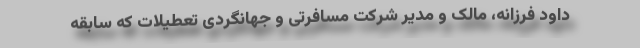
داود فرزانه، مالک و مدیر شرکت مسافرتی و جهانگردی تعطيلات که سابقه